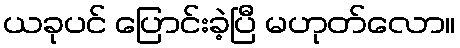
ယခုပင် ပြောင်းခဲ့ပြီ မဟုတ်လော။